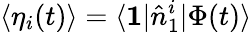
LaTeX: \langle\eta_{i}(t)\rangle=\langle\textbf{1}|\hat{n}_{1}^{i}|\Phi(t)\rangle